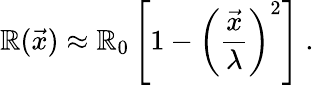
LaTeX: \mathbb{R}(\vec{{x}})\approx\mathbb{R}_{0}\left[1-\left(\frac{{\vec{{x}}}}{{\lambda}}\right)^{2}\right]\ .